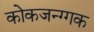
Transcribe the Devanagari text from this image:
कोकजन्ग्गक